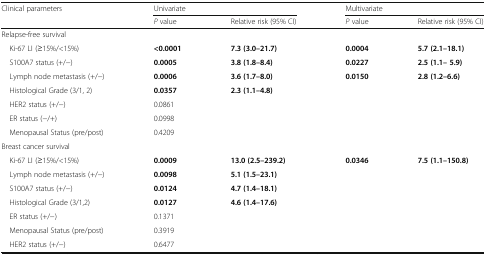
| <ROWSPAN=2> Clinical parameters | <COLSPAN=2> Univariate | <COLSPAN=2> Multivariate |
 | P value | Relative risk (95% CI) | P value | Relative risk (95% CI) |
 | --- | --- | --- | --- | --- |
 | <COLSPAN=5> Relapse-free survival |
 | Ki-67 LI (≥15%/<15%) | <0.0001 | 7.3 (3.0–21.7) | 0.0004 | 5.7 (2.1–18.1) |
 | S100A7 status (+/−) | 0.0005 | 3.8 (1.8–8.4) | 0.0227 | 2.5 (1.1– 5.9) |
 | Lymph node metastasis (+/−) | 0.0006 | 3.6 (1.7–8.0) | 0.0150 | 2.8 (1.2–6.6) |
 | Histological Grade (3/1, 2) | 0.0357 | 2.3 (1.1–4.8) |  |  |
 | HER2 status (+/−) | 0.0861 |  |  |  |
 | ER status (−/+) | 0.0998 |  |  |  |
 | Menopausal Status (pre/post) | 0.4209 |  |  |  |
 | <COLSPAN=5> Breast cancer survival |
 | Ki-67 LI (≥15%/<15%) | 0.0009 | 13.0 (2.5–239.2) | 0.0346 | 7.5 (1.1–150.8) |
 | Lymph node metastasis (+/−) | 0.0098 | 5.1 (1.5–23.1) |  |  |
 | S100A7 status (+/−) | 0.0124 | 4.7 (1.4–18.1) |  |  |
 | Histological Grade (3/1,2) | 0.0127 | 4.6 (1.4–17.6) |  |  |
 | ER status (+/−) | 0.1371 |  |  |  |
 | Menopausal Status (pre/post) | 0.3919 |  |  |  |
 | HER2 status (+/−) | 0.6477 |  |  |  |